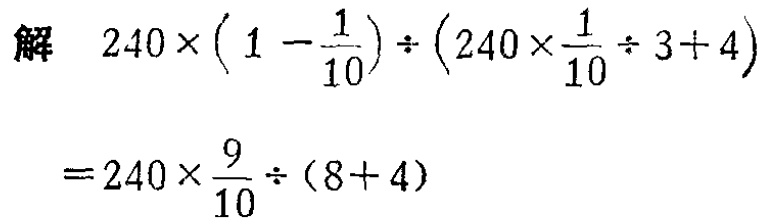
\[

\begin{align*}

&240\times\left(1 - \frac{1}{10}\right)\div\left(240\times\frac{1}{10}\div 3 + 4\right)\\

=&240\times\frac{9}{10}\div(8 + 4)

\end{align*}

\]